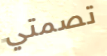
تصمتي